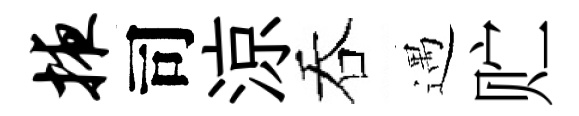
掖司涼吞遇贮